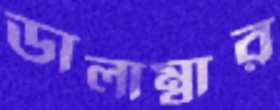
ডালাম্বার